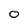
Character: O